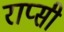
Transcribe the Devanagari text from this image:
राप्सी